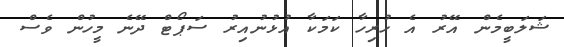
ޝަލަބީމެން އޭރު އެ ހުރިހާ ކަމަކާ އުޅުނުއިރު ސަޕޯޓް ދޭނެ މީހުން ވެސް